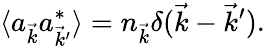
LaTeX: \langle a_{\vec{k}}a_{\vec{k}^{\prime}}^{*}\rangle=n_{\vec{k}}\delta(\vec{k}-\vec{k}^{\prime}).